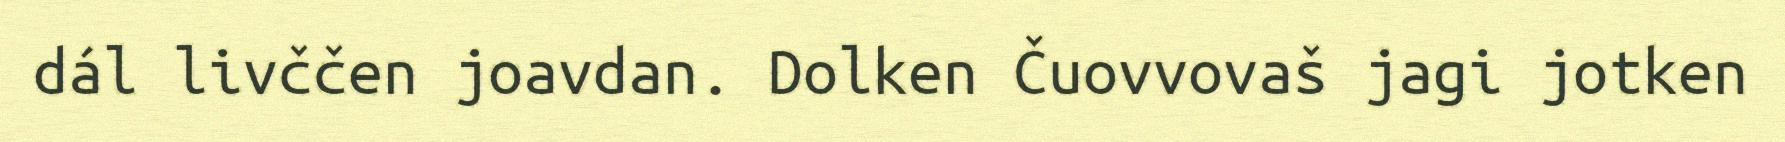
dál livččen joavdan. Dolken Čuovvovaš jagi jotken